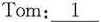
Tom:\underline{1}